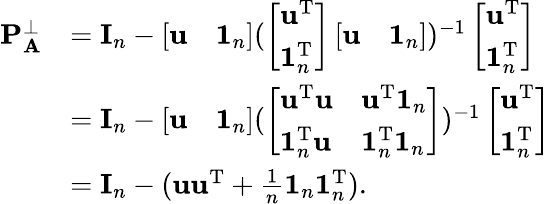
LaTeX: \begin{array}{rl}{\mathbf P_{\mathbf A}^{\bot}}&{=\mathbf I_{n}-\left[\begin{array}{ll}{\mathbf u}&{\mathbf 1_{n}}\end{array}\right](\left[\begin{array}{l}{\mathbf u^{\mathrm T}}\\ {\mathbf 1_{n}^{\mathrm T}}\end{array}\right]\left[\begin{array}{ll}{\mathbf u}&{\mathbf 1_{n}}\end{array}\right])^{-1}\left[\begin{array}{l}{\mathbf u^{\mathrm T}}\\ {\mathbf 1_{n}^{\mathrm T}}\end{array}\right]}\\ &{=\mathbf I_{n}-\left[\begin{array}{ll}{\mathbf u}&{\mathbf 1_{n}}\end{array}\right](\left[\begin{array}{ll}{\mathbf u^{\mathrm T}\mathbf u}&{\mathbf u^{\mathrm T}\mathbf 1_{n}}\\ {\mathbf 1_{n}^{\mathrm T}\mathbf u}&{\mathbf 1_{n}^{\mathrm T}\mathbf 1_{n}}\end{array}\right])^{-1}\left[\begin{array}{l}{\mathbf u^{\mathrm T}}\\ {\mathbf 1_{n}^{\mathrm T}}\end{array}\right]}\\ &{=\mathbf I_{n}-(\mathbf u\mathbf u^{\mathrm T}+\frac 1n\mathbf 1_{n}\mathbf 1_{n}^{\mathrm T}).}\end{array}